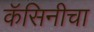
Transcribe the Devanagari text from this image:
कॅसिनीचा